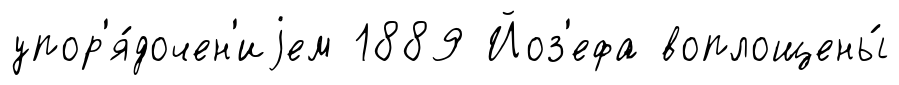
упор'я́дочен'иjем 1889 Йоз'ефа воплощены́